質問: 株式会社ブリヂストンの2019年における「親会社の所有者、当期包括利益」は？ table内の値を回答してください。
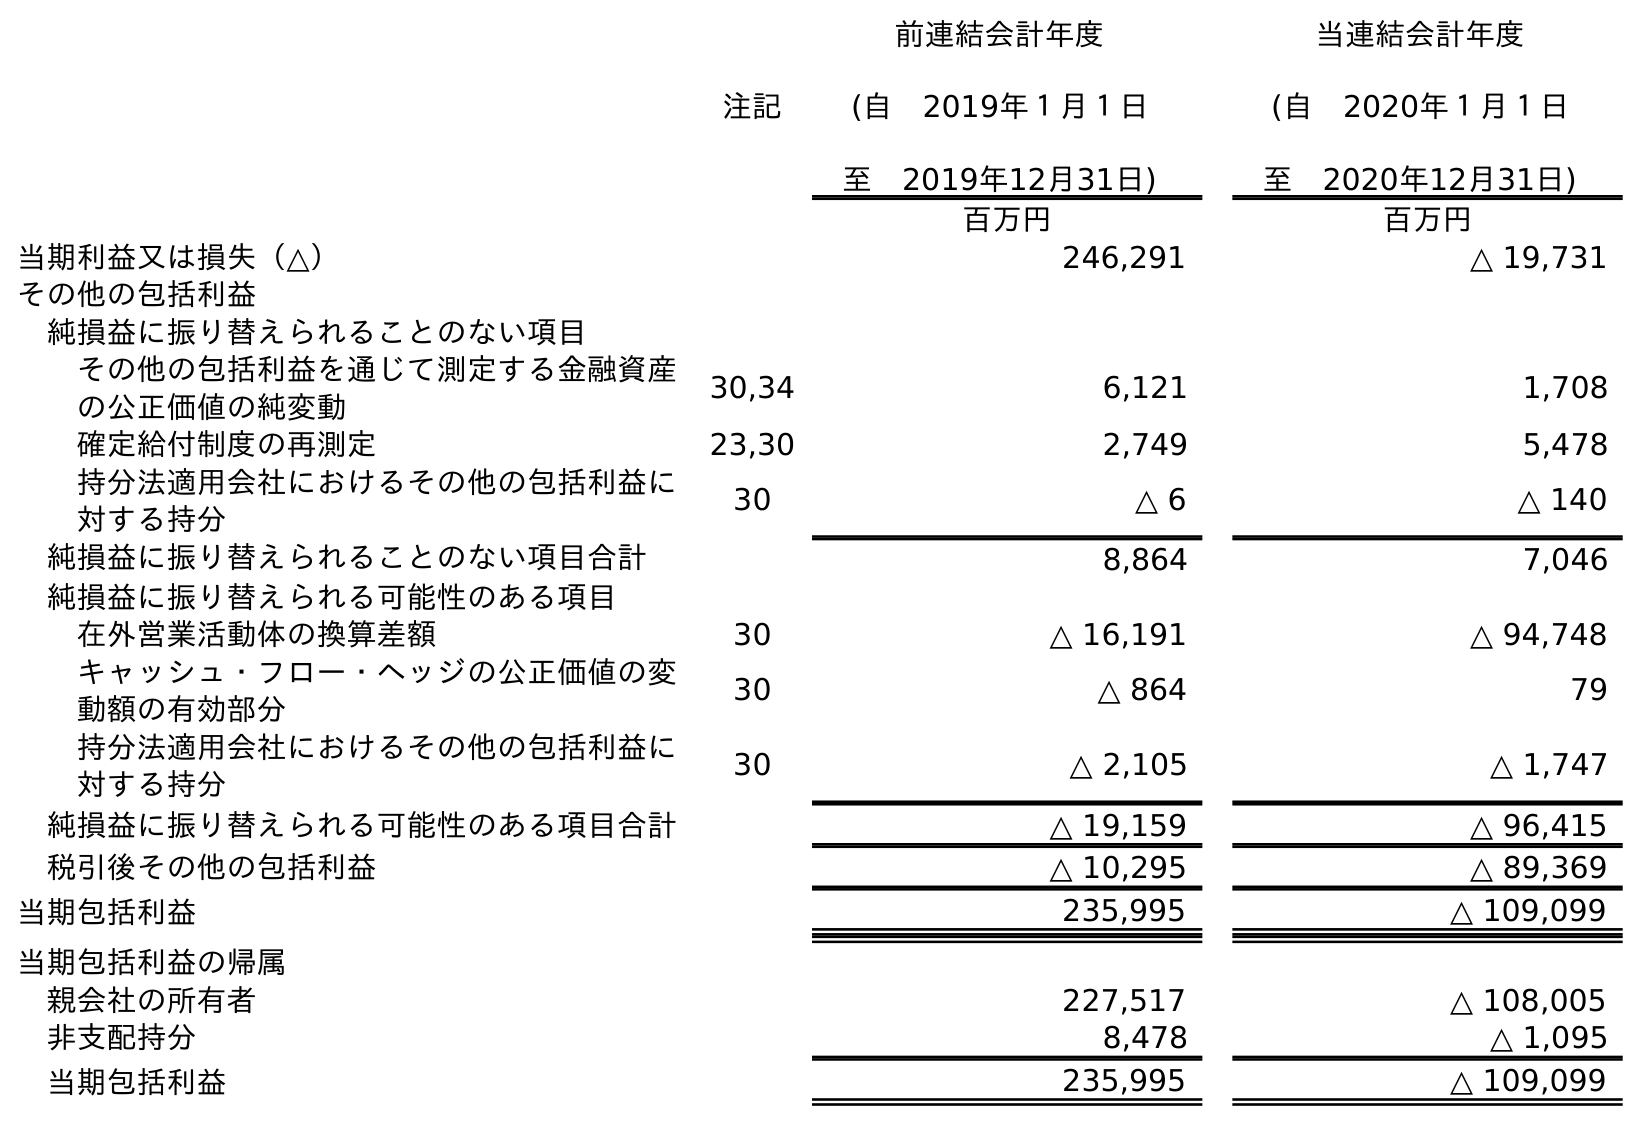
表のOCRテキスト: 注記 前連結会計年度 (自 2019年１月１日 至 2019年12月31日) 当連結会計年度 (自 2020年１月１日 至 2020年12月31日) 百万円 百万円 当期利益又は損失（△） 246,291 △ 19,731 その他の包括利益 純損益に振り替えられることのない項目 その他の包括利益を通じて測定する金融資産 の公正価値の純変動 30,34 6,121 1,708 確定給付制度の再測定 23,30 2,749 5,478 持分法適用会社におけるその他の包括利益に 対する持分 30 △ 6 △ 140 純損益に振り替えられることのない項目合計 8,864 7,046 純損益に振り替えられる可能性のある項目 在外営業活動体の換算差額 30 △ 16,191 △ 94,748 キャッシュ・フロー・ヘッジの公正価値の変 動額の有効部分 30 △ 864 79 持分法適用会社におけるその他の包括利益に 対する持分 30 △ 2,105 △ 1,747 純損益に振り替えられる可能性のある項目合計 △ 19,159 △ 96,415 税引後その他の包括利益 △ 10,295 △ 89,369 当期包括利益 235,995 △ 109,099 当期包括利益の帰属 親会社の所有者 227,517 △ 108,005 非支配持分 8,478 △ 1,095 当期包括利益 235,995 △ 109,099
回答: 227,517